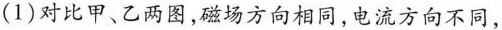
(1)对比甲、乙两图，磁场方向相同，电流方向不同，